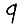
Digit: 9